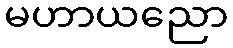
မဟာယညော